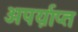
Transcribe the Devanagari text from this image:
अपर्य़ाप्त